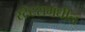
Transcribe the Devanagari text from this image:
स्टेटसमधील